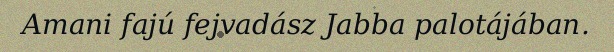
Amani fajú fejvadász Jabba palotájában.